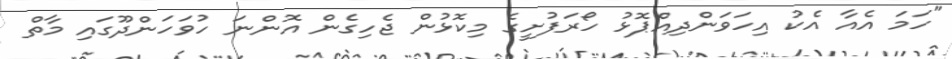
"ހަމަ އެއާ އެކު އިހަވަންދިއްޕޮޅު ހޯރަފުށީގެ މިކޮޅުން ޖެހިގެން އޮންނަ ހުވަހަންދޫގައި މާތް